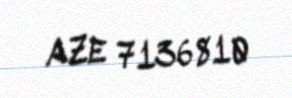
AZE 7136810